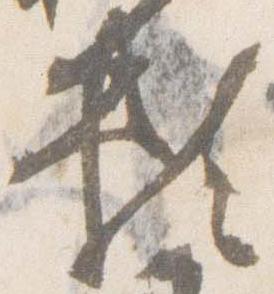
頼